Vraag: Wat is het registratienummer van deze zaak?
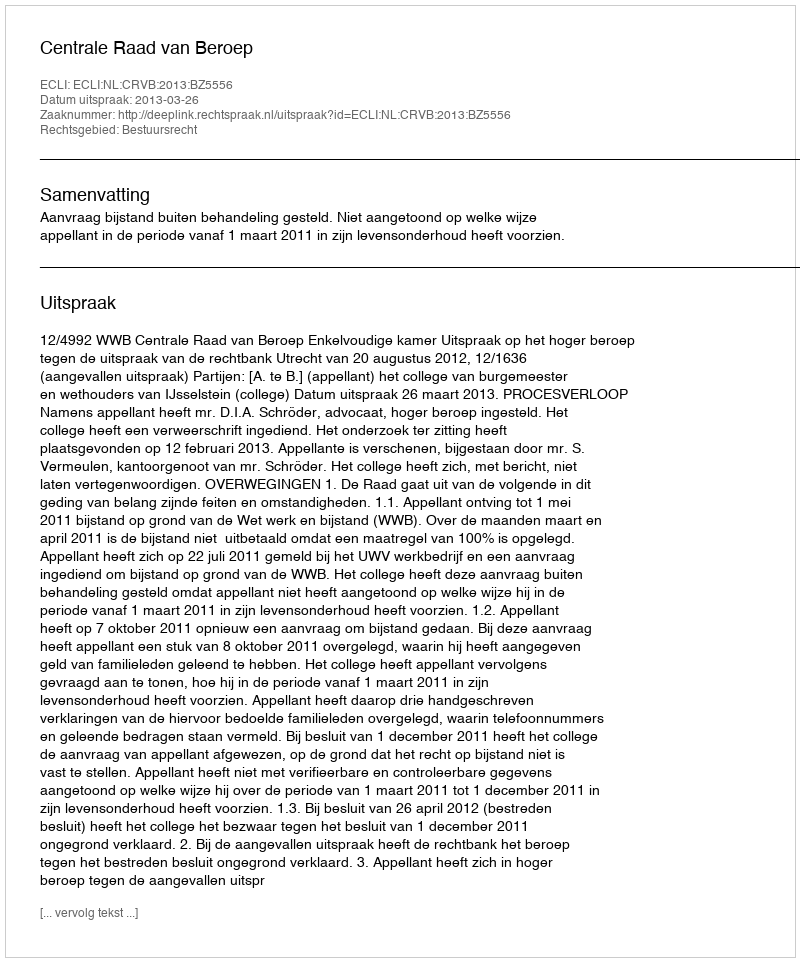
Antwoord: http://deeplink.rechtspraak.nl/uitspraak?id=ECLI:NL:CRVB:2013:BZ5556